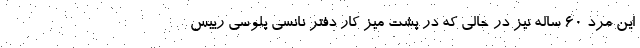
این مرد 60 ساله نیز در حالی که در پشت میز کار دفتر نانسی پلوسی رییس